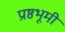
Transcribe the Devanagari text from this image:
प्रष्ठभूमी